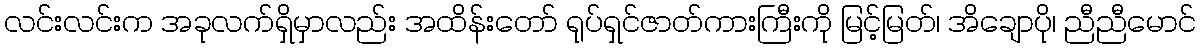
လင်းလင်းက အခုလက်ရှိမှာလည်း အထိန်းတော် ရုပ်ရှင်ဇာတ်ကားကြီးကို မြင့်မြတ်၊ အိချောပို၊ ညီညီမောင်